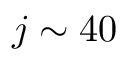
j \sim 4 0